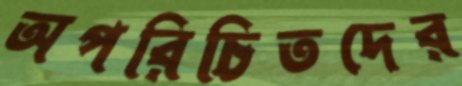
অপরিচিতদের